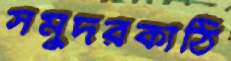
সমুদরকাঠি